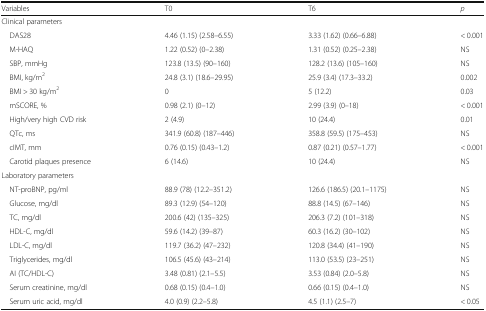
<table><thead><tr><td><b>Variables</b></td><td><b>T0</b></td><td><b>T6</b></td><td><b><i>p</i></b></td></tr></thead><tbody><tr><td colspan="4">Clinical parameters</td></tr><tr><td> DAS28</td><td>4.46 (1.15) (2.58–6.55)</td><td>3.33 (1.62) (0.66–6.88)</td><td>&lt; 0.001</td></tr><tr><td> M-HAQ</td><td>1.22 (0.52) (0–2.38)</td><td>1.31 (0.52) (0.25–2.38)</td><td>NS</td></tr><tr><td> SBP, mmHg</td><td>123.8 (13.5) (90–160)</td><td>128.2 (13.6) (105–160)</td><td>NS</td></tr><tr><td> BMI, kg/m<sup>2</sup></td><td>24.8 (3.1) (18.6–29.95)</td><td>25.9 (3.4) (17.3–33.2)</td><td>0.002</td></tr><tr><td> BMI &gt; 30 kg/m<sup>2</sup></td><td>0</td><td>5 (12.2)</td><td>0.03</td></tr><tr><td> mSCORE, %</td><td>0.98 (2.1) (0–12)</td><td>2.99 (3.9) (0–18)</td><td>&lt; 0.001</td></tr><tr><td> High/very high CVD risk</td><td>2 (4.9)</td><td>10 (24.4)</td><td>0.01</td></tr><tr><td> QTc, ms</td><td>341.9 (60.8) (187–446)</td><td>358.8 (59.5) (175–453)</td><td>NS</td></tr><tr><td> cIMT, mm</td><td>0.76 (0.15) (0.43–1.2)</td><td>0.87 (0.21) (0.57–1.77)</td><td>&lt; 0.001</td></tr><tr><td> Carotid plaques presence</td><td>6 (14.6)</td><td>10 (24.4)</td><td>NS</td></tr><tr><td colspan="4">Laboratory parameters</td></tr><tr><td> NT-proBNP, pg/ml</td><td>88.9 (78) (12.2–351.2)</td><td>126.6 (186.5) (20.1–1175)</td><td>NS</td></tr><tr><td> Glucose, mg/dl</td><td>89.3 (12.9) (54–120)</td><td>88.8 (14.5) (67–146)</td><td>NS</td></tr><tr><td> TC, mg/dl</td><td>200.6 (42) (135–325)</td><td>206.3 (7.2) (101–318)</td><td>NS</td></tr><tr><td> HDL-C, mg/dl</td><td>59.6 (14.2) (39–87)</td><td>60.3 (16.2) (30–102)</td><td>NS</td></tr><tr><td> LDL-C, mg/dl</td><td>119.7 (36.2) (47–232)</td><td>120.8 (34.4) (41–190)</td><td>NS</td></tr><tr><td> Triglycerides, mg/dl</td><td>106.5 (45.6) (43–214)</td><td>113.0 (53.5) (23–251)</td><td>NS</td></tr><tr><td> AI (TC/HDL-C)</td><td>3.48 (0.81) (2.1–5.5)</td><td>3.53 (0.84) (2.0–5.8)</td><td>NS</td></tr><tr><td> Serum creatinine, mg/dl</td><td>0.68 (0.15) (0.4–1.0)</td><td>0.66 (0.15) (0.4–1.0)</td><td>NS</td></tr><tr><td> Serum uric acid, mg/dl</td><td>4.0 (0.9) (2.2–5.8)</td><td>4.5 (1.1) (2.5–7)</td><td>&lt; 0.05</td></tr></tbody></table>